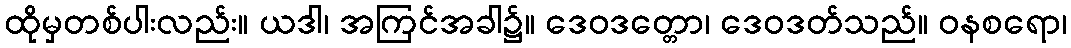
ထိုမှတစ်ပါးလည်း။ ယဒါ၊ အကြင်အခါ၌။ ဒေဝဒတ္တော၊ ဒေဝဒတ်သည်။ ဝနစရော၊